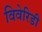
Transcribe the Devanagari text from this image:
विवेरिडी